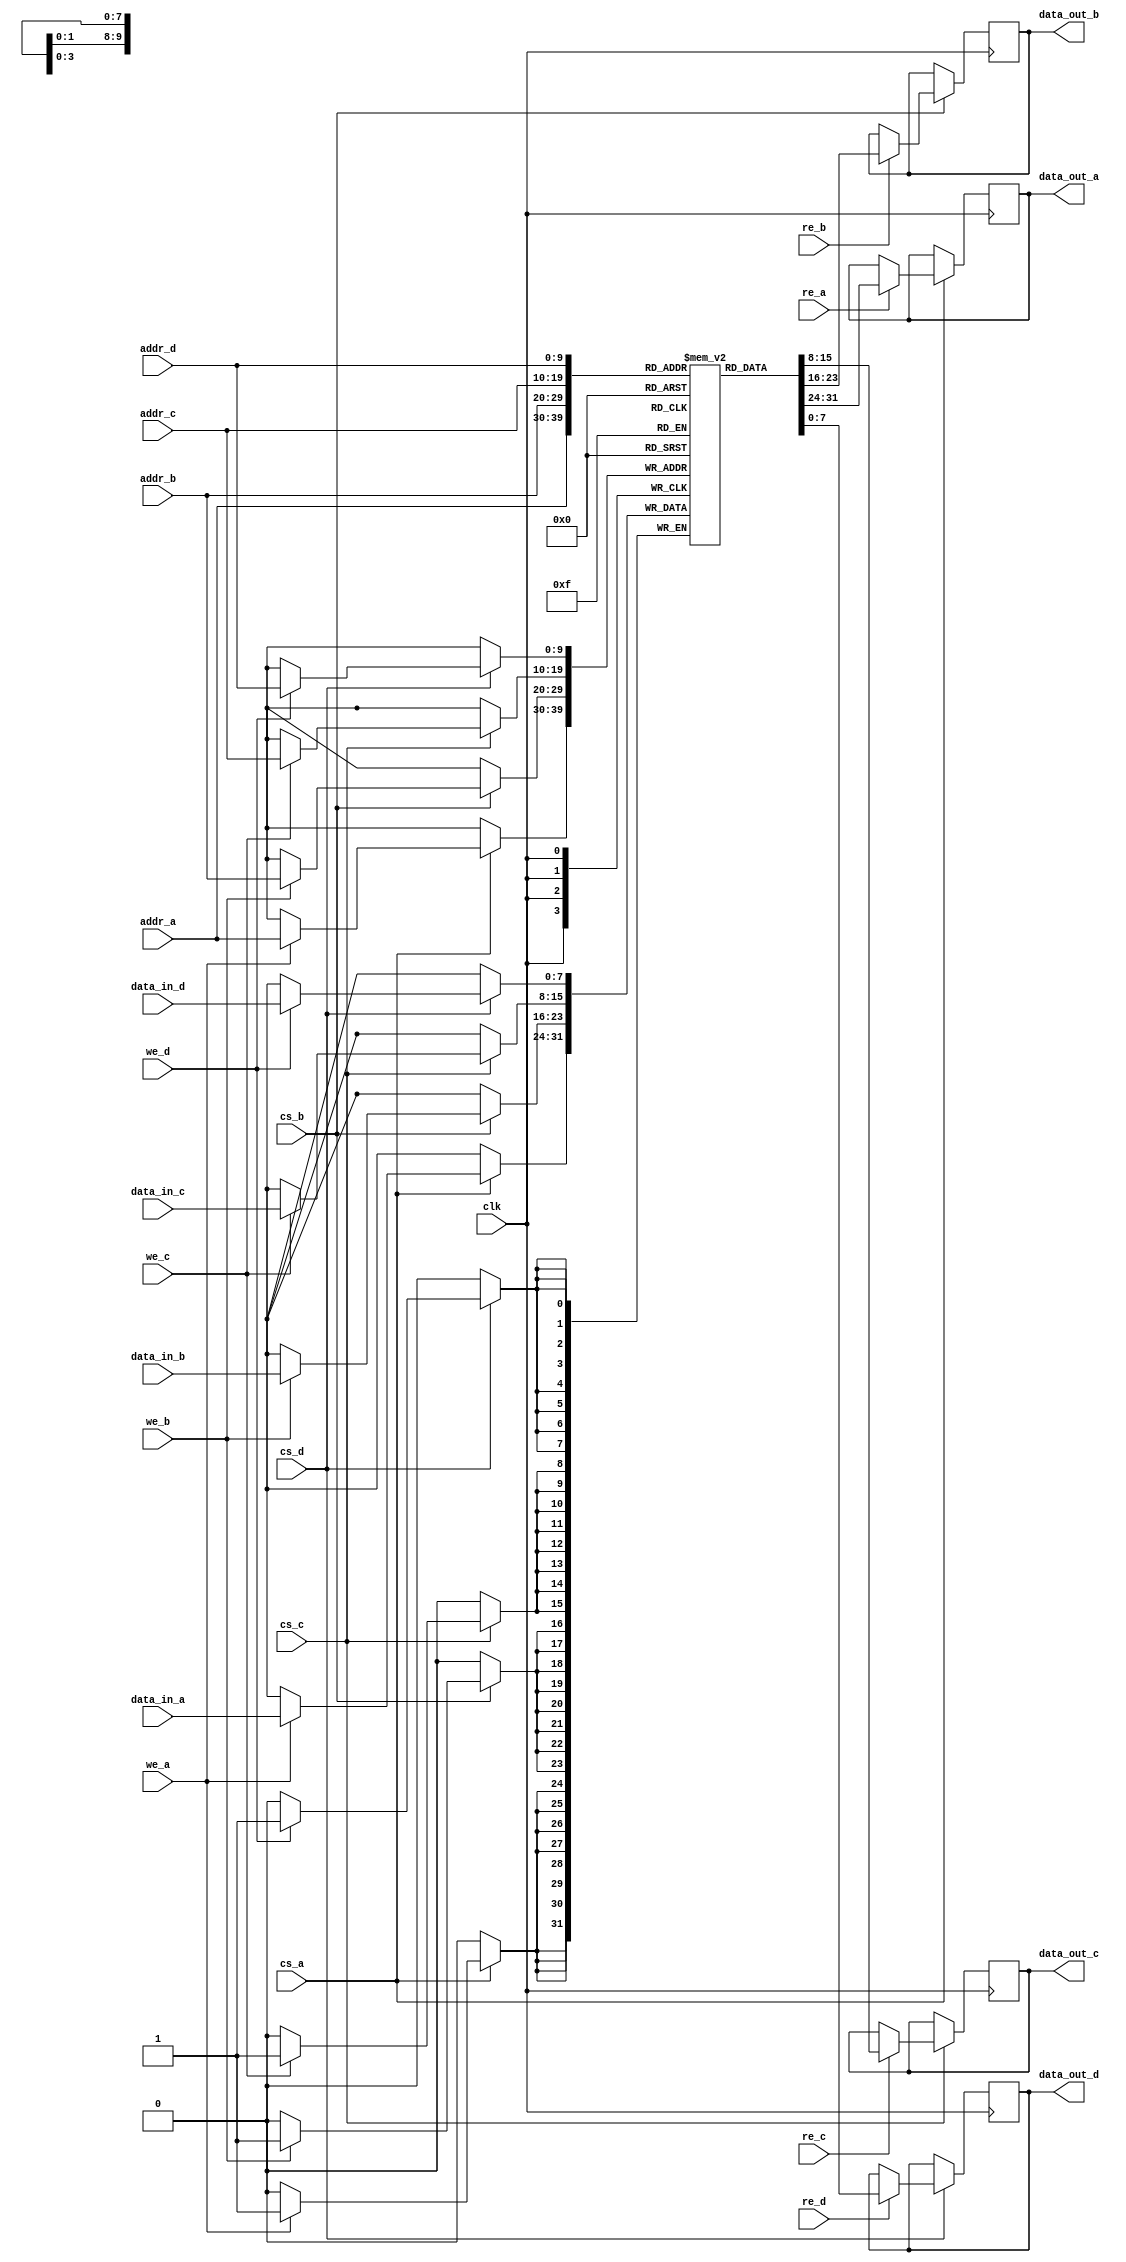
module quad_port_sram #(
    parameter DATA_WIDTH = 8,  // Data width for each port
    parameter ADDR_WIDTH = 10,  // Address width for each port
    parameter MEM_SIZE = 2**ADDR_WIDTH // Memory size
)(
    input wire clk,
    input wire cs_a,           // Chip Select for Port A
    input wire we_a,           // Write Enable for Port A
    input wire re_a,           // Read Enable for Port A
    input wire [ADDR_WIDTH-1:0] addr_a, // Address for Port A
    input wire [DATA_WIDTH-1:0] data_in_a, // Data input for Port A
    output reg [DATA_WIDTH-1:0] data_out_a, // Data output for Port A

    input wire cs_b,           // Chip Select for Port B
    input wire we_b,           // Write Enable for Port B
    input wire re_b,           // Read Enable for Port B
    input wire [ADDR_WIDTH-1:0] addr_b, // Address for Port B
    input wire [DATA_WIDTH-1:0] data_in_b, // Data input for Port B
    output reg [DATA_WIDTH-1:0] data_out_b, // Data output for Port B

    input wire cs_c,           // Chip Select for Port C
    input wire we_c,           // Write Enable for Port C
    input wire re_c,           // Read Enable for Port C
    input wire [ADDR_WIDTH-1:0] addr_c, // Address for Port C
    input wire [DATA_WIDTH-1:0] data_in_c, // Data input for Port C
    output reg [DATA_WIDTH-1:0] data_out_c, // Data output for Port C

    input wire cs_d,           // Chip Select for Port D
    input wire we_d,           // Write Enable for Port D
    input wire re_d,           // Read Enable for Port D
    input wire [ADDR_WIDTH-1:0] addr_d, // Address for Port D
    input wire [DATA_WIDTH-1:0] data_in_d, // Data input for Port D
    output reg [DATA_WIDTH-1:0] data_out_d  // Data output for Port D
);

    // Memory array declaration
    reg [DATA_WIDTH-1:0] mem [0:MEM_SIZE-1];

    // Port A operations
    always @(posedge clk) begin
        if (cs_a) begin
            if (we_a) begin
                mem[addr_a] <= data_in_a; // Write operation
            end
            if (re_a) begin
                data_out_a <= mem[addr_a]; // Read operation
            end
        end
    end

    // Port B operations
    always @(posedge clk) begin
        if (cs_b) begin
            if (we_b) begin
                mem[addr_b] <= data_in_b; // Write operation
            end
            if (re_b) begin
                data_out_b <= mem[addr_b]; // Read operation
            end
        end
    end

    // Port C operations
    always @(posedge clk) begin
        if (cs_c) begin
            if (we_c) begin
                mem[addr_c] <= data_in_c; // Write operation
            end
            if (re_c) begin
                data_out_c <= mem[addr_c]; // Read operation
            end
        end
    end

    // Port D operations
    always @(posedge clk) begin
        if (cs_d) begin
            if (we_d) begin
                mem[addr_d] <= data_in_d; // Write operation
            end
            if (re_d) begin
                data_out_d <= mem[addr_d]; // Read operation
            end
        end
    end

endmodule